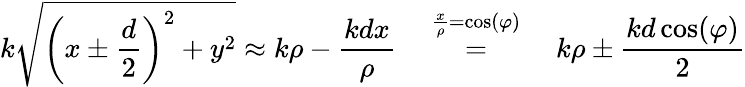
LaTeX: k\sqrt{\left(x\pm\frac{d}{2}\right)^{2}+y^{2}}\approx k\rho-\frac{kdx}{\rho}\quad\stackrel{\frac{x}{\rho}=\cos(\varphi)}{=}\quad k\rho\pm\frac{kd\cos(\varphi)}{2}